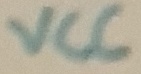
Text: CVV